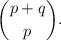
LaTeX: \begin{align*}\binom{p+q}p.\end{align*}